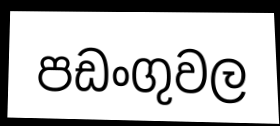
පඩංගුවල